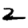
Digit: 2